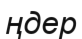
ңдер